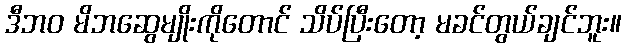
ဒီဘဝ မိဘဆွေမျိုးကိုတောင် သိပ်ပြီးတော့ မခင်တွယ်ချင်ဘူး။